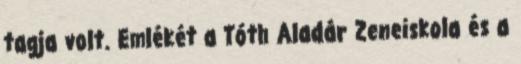
tagja volt. Emlékét a Tóth Aladár Zeneiskola és a